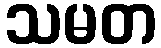
သမတ